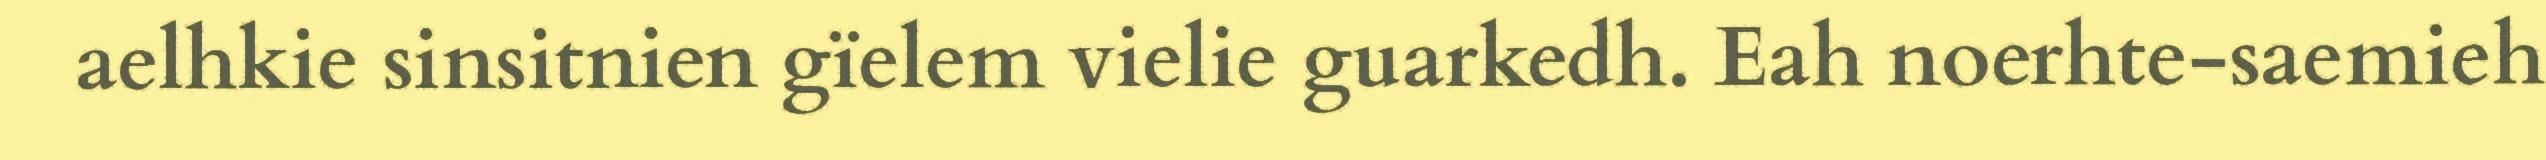
aelhkie sinsitnien gïelem vielie guarkedh. Eah noerhte-saemieh